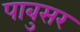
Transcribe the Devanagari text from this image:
पाबुसर